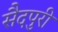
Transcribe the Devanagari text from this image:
सैदपुरी